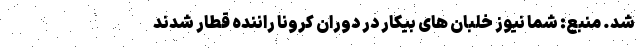
شد. منبع: شما نیوز خلبان های بیکار در دوران کرونا راننده قطار شدند